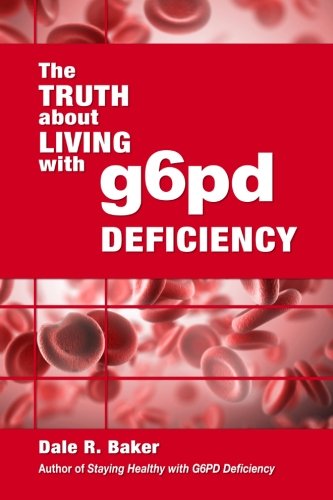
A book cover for The Truth About Living With G6PD Deficiency; Mr Dale R Baker; Health, Fitness & Dieting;